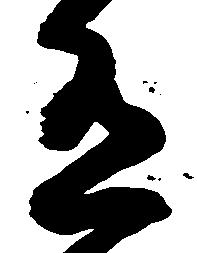
有